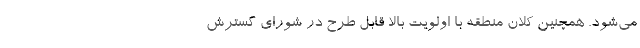
می‌شود. همچنین کلان منطقه با اولویت بالا قابل طرح در شورای گسترش